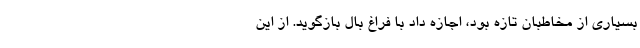
بسیاری از مخاطبان تازه بود، اجازه داد با فراغ بال بازگوید. از این